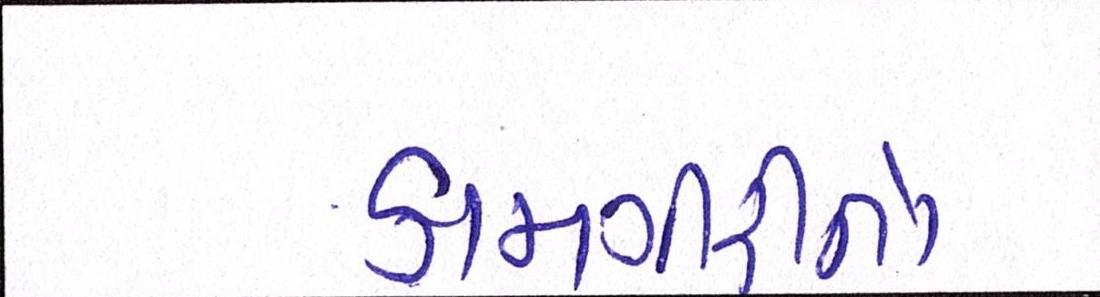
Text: કામગીરીનો